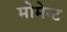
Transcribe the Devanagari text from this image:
मोमेन्ट